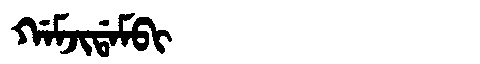
Manchu: ᡤᠠᠮᠵᡳᡩᠠᠮᠪᡳ
Romanization: GAMJIDAMBI